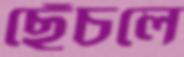
ছেঁচলে